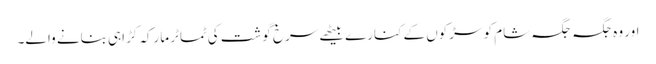
اور وہ جگہ جگہ شام کو سڑکوں کے کنارے بیٹھے سرخ گوشت کی ٹماٹر مارکہ کڑاہی بنانے والے۔